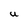
Character: U